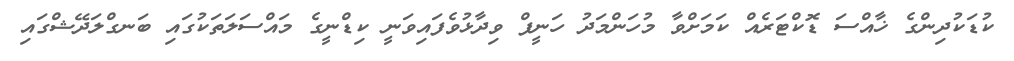
ކުޑަކުދިންގެ ޚާއްސަ ޑޮކްޓަރެއް ކަމަށްވާ މުހަންމަދު ހަނީފް ވިދާޅުވެފައިވަނީ ކިޑްނީގެ މައްސަލަތަކުގައި ބަނގްލަދޭޝްގައި